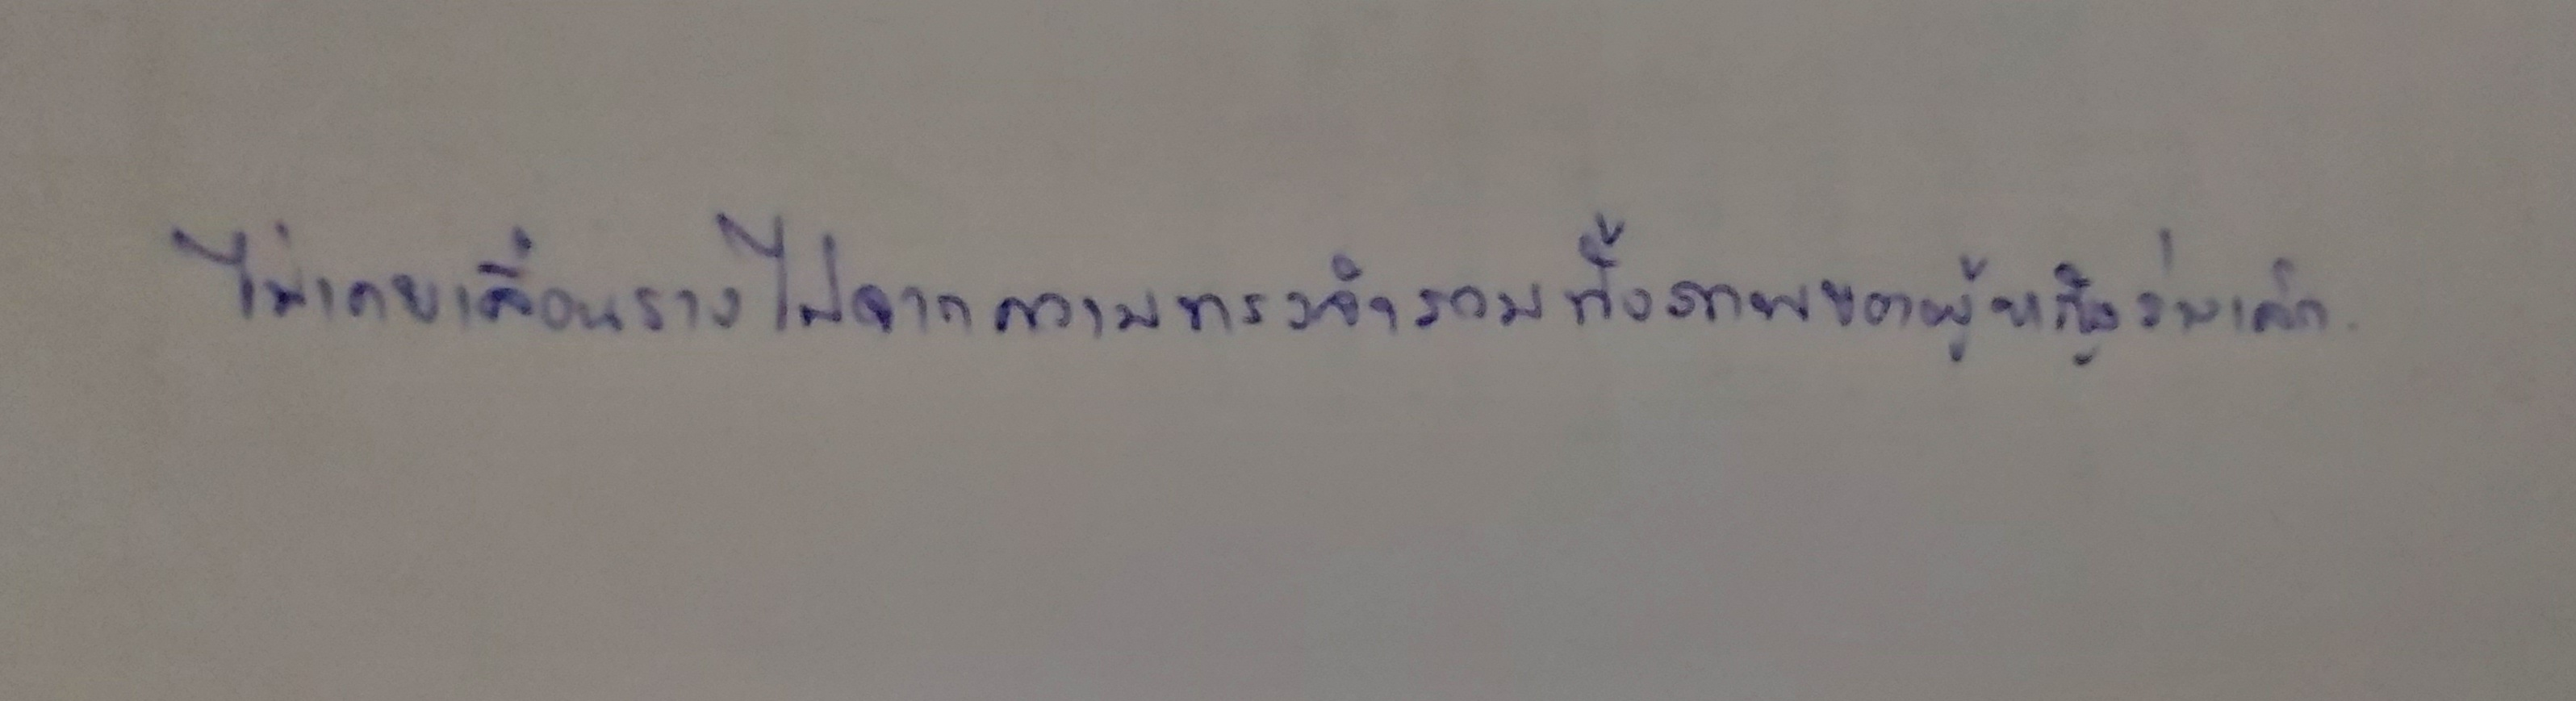
ไม่เคยเลือนรางไปจากความทรงจำรวมทั้งภาพของผู้หญิงร่างเล็ก